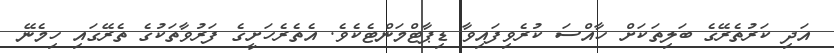
އަދި ކަރުތެރޭގެ ބަލިތަކަށް ހާއްސަ ކުރެވިފައިވާ ޑިޕާޓްމަންޓެކެވެ. އެތެރެހަށީގެ ފަރުވާތަކުގެ ތެރޭގައި ހިމެނޭ